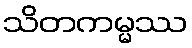
သိတကမ္မဿ